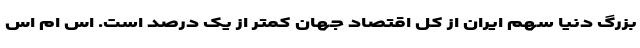
بزرگ دنیا سهم ایران از کل اقتصاد جهان کمتر از یک درصد است. اس ام اس